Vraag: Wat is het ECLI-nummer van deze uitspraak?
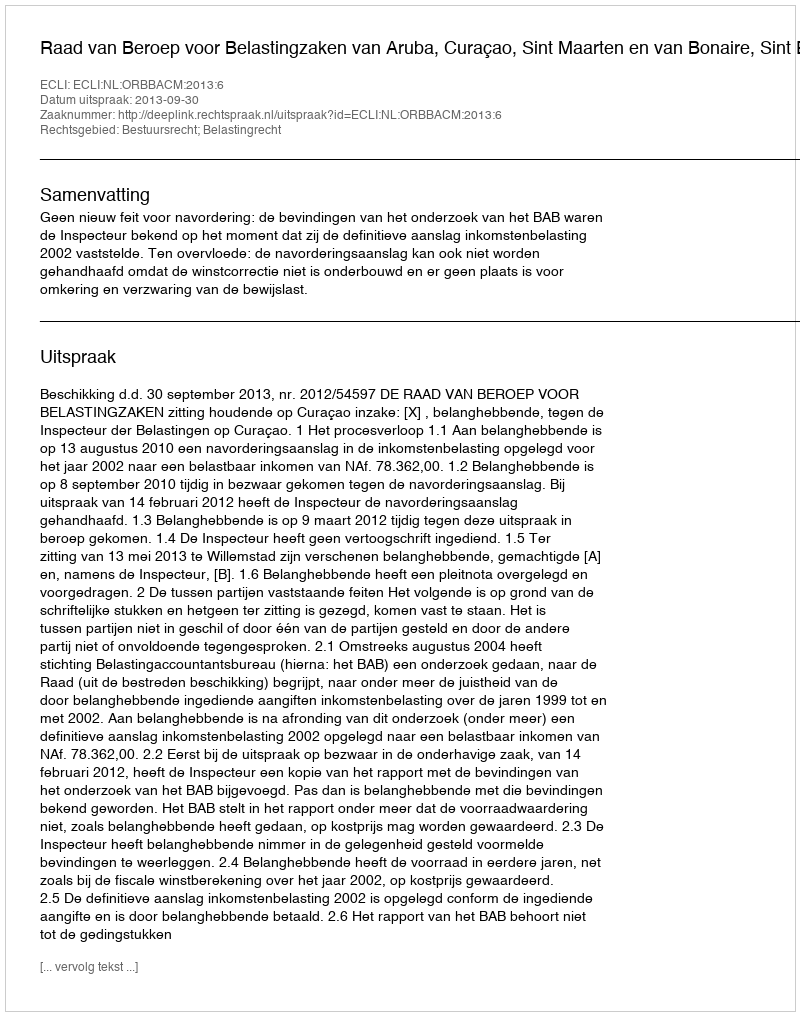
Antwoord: ECLI:NL:ORBBACM:2013:6